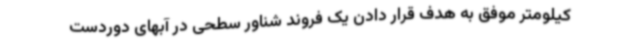
کیلومتر موفق به هدف قرار دادن یک فروند شناور سطحی در آبهای دوردست